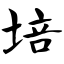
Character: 培